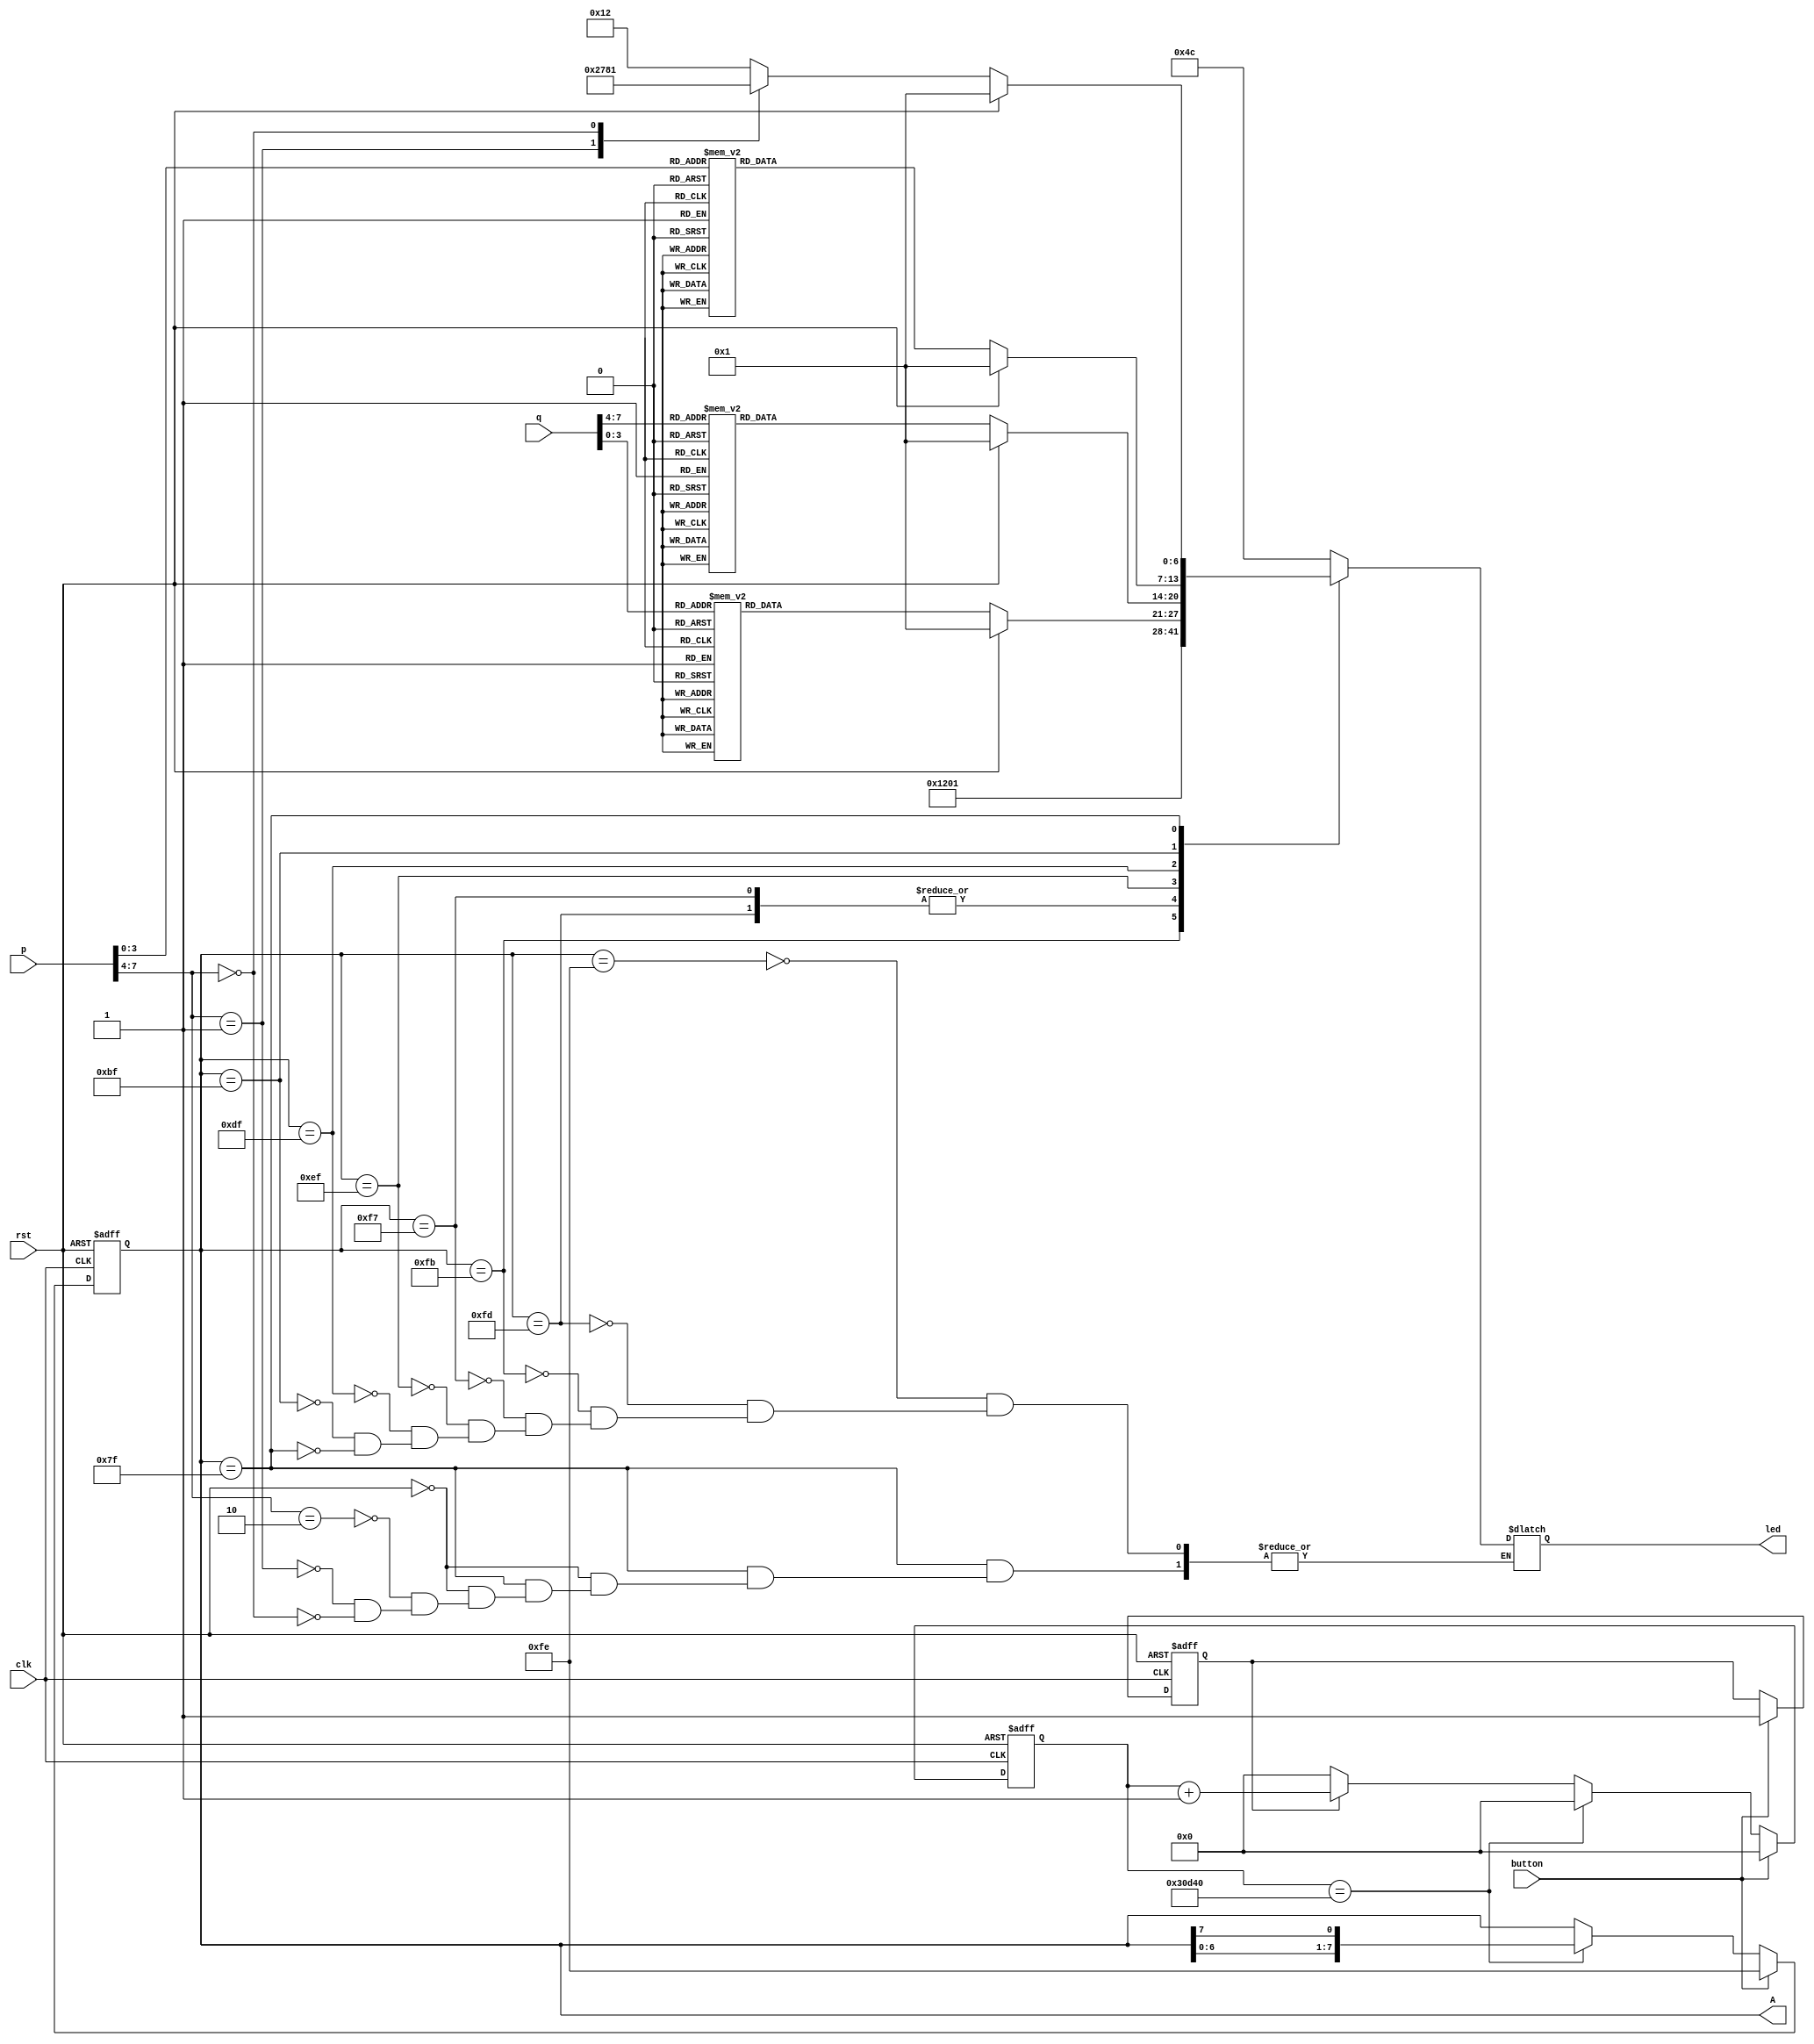
module display(
    input wire rst, button, clk,
    input wire[7:0] q,
    input wire[7:0] p,
    output reg[7:0] A,
    output reg[6:0]led
    );

reg [17:0]cnt;
wire cnt_end = (cnt == 18'd200000);                                 //200000/4
reg flag;

always @(posedge clk or posedge rst)
begin
if(rst) flag =1'b0;
else if(button) flag =1'b1;
end

always @(posedge clk or posedge rst)
begin
if(rst) cnt<=18'b0;
else if(button)cnt <= 18'b0;
else if(cnt_end) cnt <= 18'b0;
else if(flag) cnt<=cnt+18'b1;
else cnt<=0;
end

always @(posedge clk or posedge rst)
begin
if(rst)A <= 8'b11111110;
else if(button)A <= 8'b11111110;
else if(cnt_end)A <= {A[6:0], A[7]};
end

always @(*)
begin
case(A)
8'b11111110:led=7'b1001100;
8'b11111101:led=7'b0000001;
8'b11111011:led=7'b0100100;
8'b11110111:led = 7'b0000001;
8'b11101111:case(rst)
            0:case(q[3:0])
            4'd1:led=7'b1001111;
            4'd2:led=7'b0010010;
            4'd3:led=7'b0000110;
            4'd4:led=7'b1001100;
            4'd5:led=7'b0100100;
            4'd6:led=7'b0100000;
            4'd7:led=7'b0001111;
            4'd8:led=7'b0000000;
            4'd9:led=7'b0001100;
            4'd0:led=7'b0000001;
            4'd10:led=7'b0001000;
            4'd11:led=7'b1100000;
            4'd12:led=7'b1110010;
            4'd13:led=7'b1000010;
            4'd14:led=7'b0110000;
            4'd15:led=7'b0111000;
            endcase
            1:led=7'b0000001;
            endcase
8'b11011111:case(rst)
            0:case(q[7:4])
            4'd1:led=7'b1001111;
            4'd2:led=7'b0010010;
            4'd3:led=7'b0000110;
            4'd4:led=7'b1001100;
            4'd5:led=7'b0100100;
            4'd6:led=7'b0100000;
            4'd7:led=7'b0001111;
            4'd8:led=7'b0000000;
            4'd9:led=7'b0001100;
            4'd0:led=7'b0000001;
            4'd10:led=7'b0001000;
            4'd11:led=7'b1100000;
            4'd12:led=7'b1110010;
            4'd13:led=7'b1000010;
            4'd14:led=7'b0110000;
            4'd15:led=7'b0111000;
            endcase
            1:led = 7'b0000001;
            endcase
8'b10111111:case(rst)
            0:case(p[3:0])
            4'd1:led=7'b1001111;
            4'd2:led=7'b0010010;
            4'd3:led=7'b0000110;
            4'd4:led=7'b1001100;
            4'd5:led=7'b0100100;
            4'd6:led=7'b0100000;
            4'd7:led=7'b0001111;
            4'd8:led=7'b0000000;
            4'd9:led=7'b0001100;
            4'd0:led=7'b0000001;
            4'd10:led=7'b0001000;
            4'd11:led=7'b1100000;
            4'd12:led=7'b1110010;
            4'd13:led=7'b1000010;
            4'd14:led=7'b0110000;
            4'd15:led=7'b0111000;
            endcase
            1:led = 7'b0000001;
            endcase
8'b01111111:case(rst)
            0:case(p[7:4])
            4'd2:led=7'b0010010;
            4'd1:led=7'b1001111;
            4'd0:led=7'b0000001;
            endcase
            1:led = 7'b0000001;
            endcase
endcase
end

endmodule